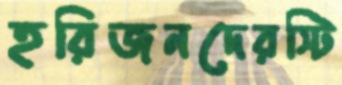
হরিজনদেরস্টি